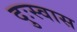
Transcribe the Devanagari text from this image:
दुःस्वास